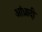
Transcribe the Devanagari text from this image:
आंध्रादी